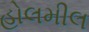
હોલમીલ